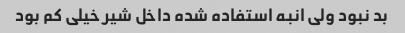
بد نبود ولی انبه استفاده شده داخل شیر خیلی کم بود